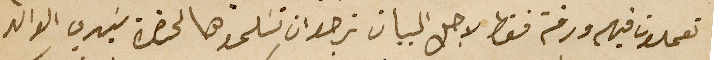
تعملون فيهم ورقة فقط لاجل البيان نرجو ان تسَلموها لحضرة سَيدي الوالد